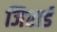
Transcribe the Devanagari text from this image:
जिरार्ड